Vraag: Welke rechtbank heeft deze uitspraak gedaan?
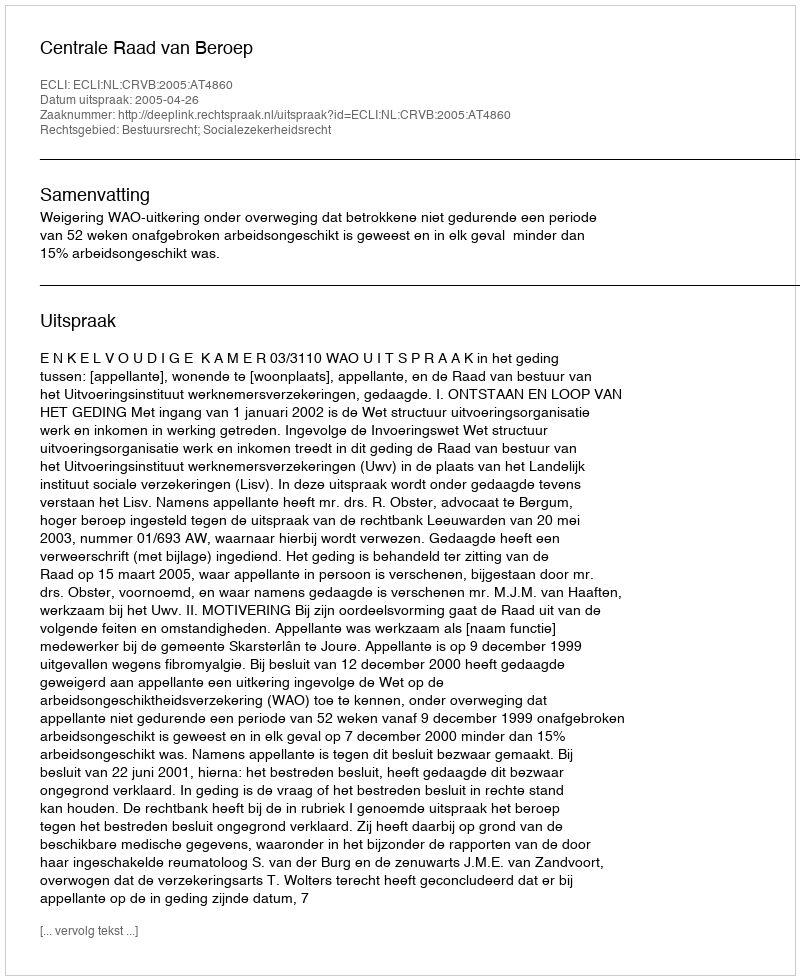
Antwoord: Centrale Raad van Beroep